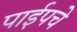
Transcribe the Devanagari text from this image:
पाईपचे